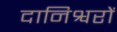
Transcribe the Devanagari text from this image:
दानिश्वरों